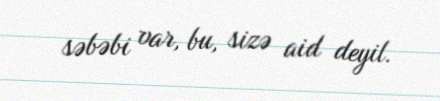
səbəbi var, bu, sizə aid deyil.